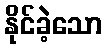
နိုင်ခဲ့သော